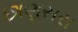
છાણસરા